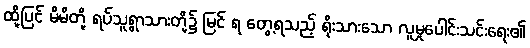
ထို့ပြင် မိမိတို့ ရပ်သူရွာသားတို့၌ မြင် ရ တွေ့ရသည့် ရိုးသားသော လူမှုပေါင်းသင်းရေး၏